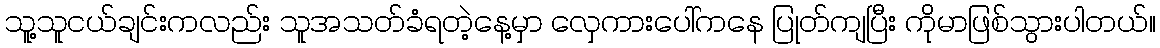
သူ့သူငယ်ချင်းကလည်း သူအသတ်ခံရတဲ့နေ့မှာ လှေကားပေါ်ကနေ ပြုတ်ကျပြီး ကိုမာဖြစ်သွားပါတယ်။